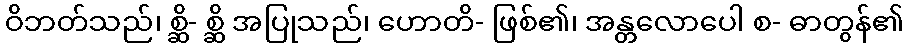
ဝိဘတ်သည်၊ စ္ဆိ- စ္ဆိ အပြုသည်၊ ဟောတိ- ဖြစ်၏၊ အန္တလောပေါ စ- ဓာတွန်၏